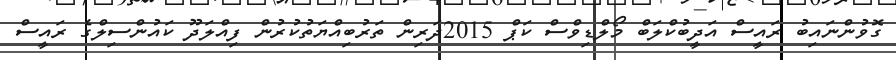
ގޮވުންނައިބު ރައީސް އަދީބުކްލަބް މޯލްޑިވްސް ކަޕް 2015ދަރިން ތަރުބިއްޔަތުކުރުން ފިއްލަދޫ ކައުންސިލްގެ ރައީސް